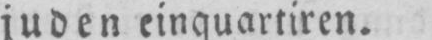
juden einquartiren.